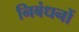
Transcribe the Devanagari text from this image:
निबंधनों